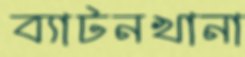
ব্যাটনখানা